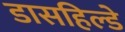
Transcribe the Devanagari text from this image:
डासहिल्डे